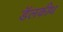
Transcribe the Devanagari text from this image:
डॅलकीथ